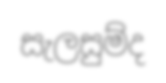
සැලසුම්ද